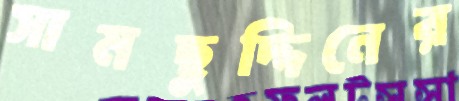
সামছুদ্দিনের